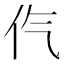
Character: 㐹